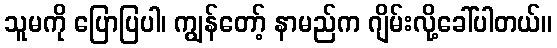
သူမကို ပြောပြပါ၊ ကျွန်တော့် နာမည်က ဂျိမ်းလို့ခေါ်ပါတယ်။